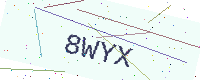
Text: 8WYX